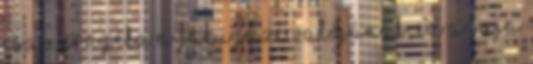
csak árnyéka a fák igazi valójának, ez a buja